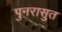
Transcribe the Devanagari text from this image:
पुनरासुत